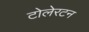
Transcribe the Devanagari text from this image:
टोलेरटन